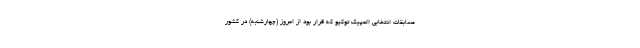
مسابقات انتخابی المپیک توکیو که قرار بود از امروز (چهارشنبه) در کشور